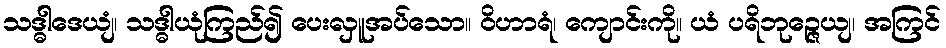
သဒ္ဓါဒေယျံ၊ သဒ္ဓါယုံကြည်၍ ပေးလှူအပ်သော။ ဝိဟာရံ၊ ကျောင်းကို။ ယံ ပရိဘုဉ္ဇေယျ၊ အကြင်